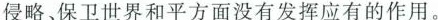
侵略、保卫世界和平方面没有发挥应有的作用。